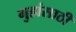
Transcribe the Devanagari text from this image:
गुहांसाठी